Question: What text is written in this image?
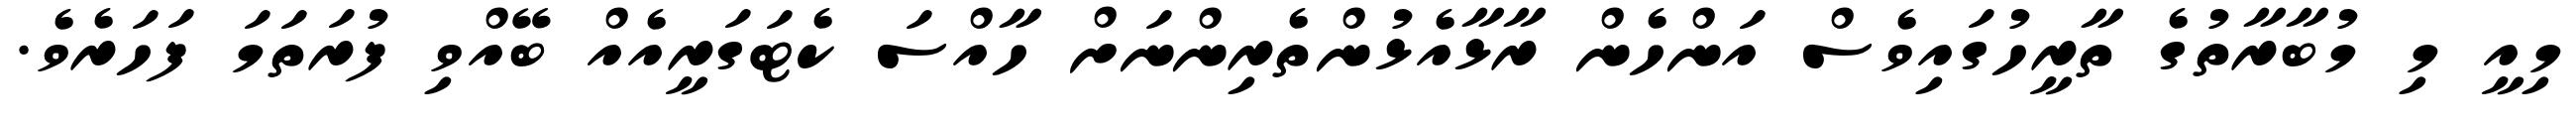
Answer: މިއީ މި މުބާރާތުގެ ތާރީހުގައިވެސް އަންހެން ރާޅާއެޅުންތެރިންނަށް ހާއްސަ ކެޓަގަރީއެއް ބޭއްވި ފުރަތަމަ ފަހަރެވެ.